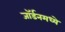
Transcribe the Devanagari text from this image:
जॉर्डनमध्ये